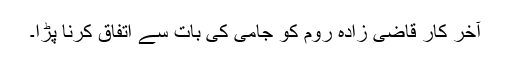
آخر کار قاضی زادہ روم کو جامی کی بات سے اِتفاق کرنا پڑا۔